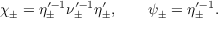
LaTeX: \chi _ { \pm } = \eta _ { \pm } ^ { \prime - 1 } \nu _ { \pm } ^ { \prime - 1 } \eta _ { \pm } ^ { \prime } , \qquad \psi _ { \pm } = \eta _ { \pm } ^ { \prime - 1 } .